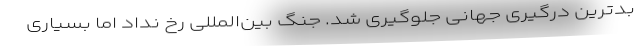
بدترین درگیری جهانی جلوگیری شد. جنگ بین‌المللی رخ نداد اما بسیاری